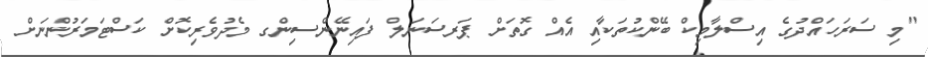
"މި ސަރަހައްދުގެ އިސްލާމިކް ބޭންކުތަކާއި އެއް ގޮތަށް ޕަރސަނަލް ފައިނޭންސިންގ މެދުވެރިކޮށް ކަސްޓަމަރުންނަށް